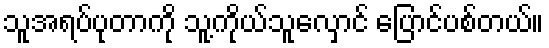
သူအရပ်ပုတာကို သူ့ကိုယ်သူလှောင် ပြောင်ပစ်တယ်။